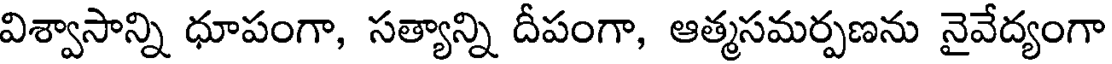
విశ్వాసాన్ని ధూపంగా, సత్యాన్ని దీపంగా, ఆత్మసమర్పణను నైవేద్యంగా